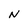
Character: N